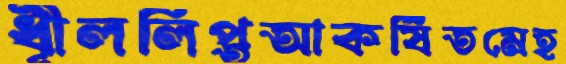
ধূীললিপ্তআকর্ষিতমেহ